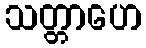
သတ္တာဟေ